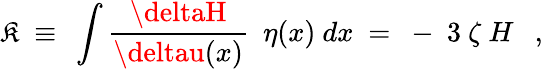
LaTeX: \mathfrak{K}\ \equiv\ \int\frac{{\deltaH}}{{\deltau(x)}}\ \ \eta(x)\ dx\ =\ -\ 3\ \zeta\ H\ \ \ ,